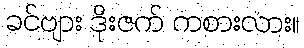
ခင်ဗျား ဒိုးဇက် ကစားလား။